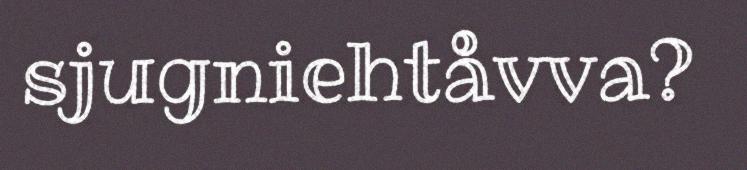
sjugniehtåvva?